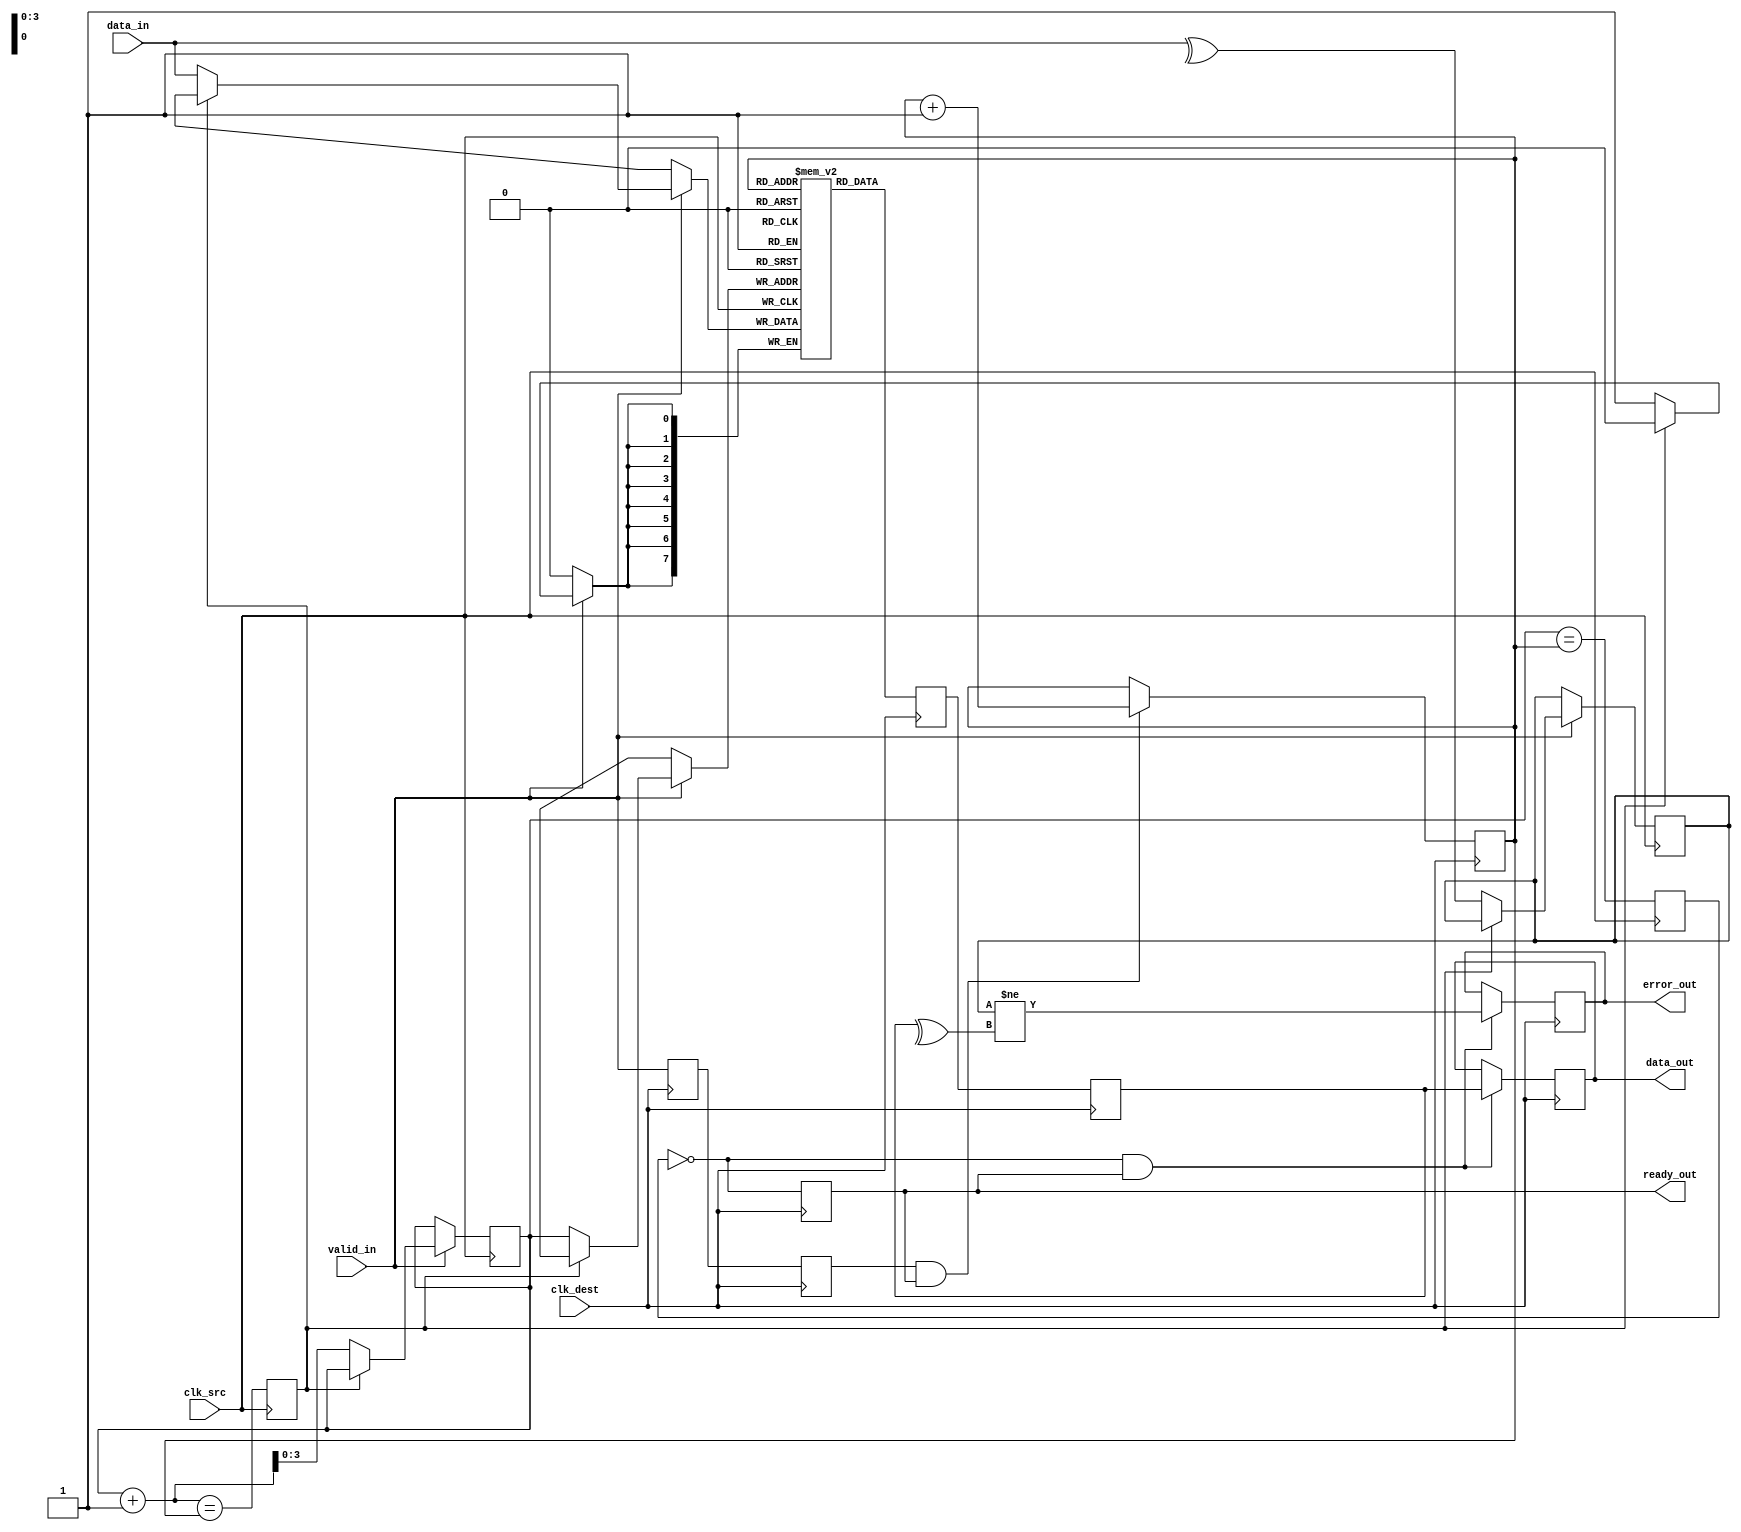
module cdc_memory_blocks (
    input wire clk_src,
    input wire clk_dest,
    input wire [7:0] data_in,        // Example data width of 8 bits
    input wire valid_in,
    output reg [7:0] data_out,
    output reg ready_out,
    output reg error_out
);

// FIFO parameters
parameter FIFO_DEPTH = 16; // Adjust as necessary
reg [7:0] fifo [0:FIFO_DEPTH-1];
reg [3:0] write_ptr, read_ptr;
reg fifo_full, fifo_empty;

// Parity generation and checking
wire parity_bit;
reg parity_bit_recv;
reg [7:0] data_in_reg;
reg valid_in_reg;

// Synchronizers for data and valid signals
reg [7:0] data_sync_1, data_sync_2;
reg valid_sync_1, valid_sync_2;

// Generate parity bit (even parity)
assign parity_bit = ^data_in;

// Write logic in source clock domain
always @(posedge clk_src) begin
    if (valid_in) begin
        if (!fifo_full) begin
            fifo[write_ptr] <= data_in;
            parity_bit_recv <= parity_bit;
            write_ptr <= write_ptr + 1;
        end
    end
end

// FIFO control signals
always @(posedge clk_src) begin
    fifo_full <= (write_ptr + 1 == read_ptr);
end

// Synchronization to destination clock domain
always @(posedge clk_dest) begin
    // Synchronize data and valid signals
    data_sync_1 <= fifo[read_ptr];
    valid_sync_1 <= valid_in;
    data_sync_2 <= data_sync_1;
    valid_sync_2 <= valid_sync_1;

    // Check if FIFO is not empty
    if (!fifo_empty && ready_out) begin
        data_out <= data_sync_2;
        error_out <= (parity_bit_recv != (^data_sync_2)); // Check for parity error
    end
end

// Read logic in destination clock domain
always @(posedge clk_dest) begin
    if (valid_sync_2 && ready_out) begin
        read_ptr <= read_ptr + 1;
    end
end

// Ready signal logic
always @(posedge clk_dest) begin
    ready_out <= !fifo_empty;
end

// FIFO empty check
always @(posedge clk_src) begin
    fifo_empty <= (write_ptr == read_ptr);
end

endmodule